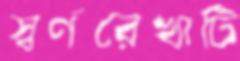
স্বর্ণরেখাটি